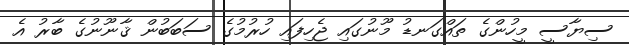
ސިޔާސީ މީހުންގެ ތައްގަނޑު މޫނުގައި ޖެހިފައި ހުރުމުގެ ސަބަބުން ޤާނޫނުގެ ބާރު އެ